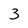
Character: 3